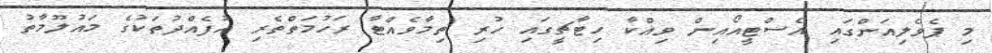
މި ޕެވެލިއަންގައި އެސްޓީއޯއިން ވިއްކާ ހިޓާޗީގައި ހުރި ތިމާވެއްޓާ ރަހުމަތްތެރި އުފެއްދުތަކުގެ މައުލޫމާތު